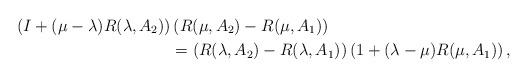
LaTeX: \begin{align*} \left(I+(\mu-\lambda)R(\lambda,A_2)\right)&\left(R(\mu,A_2)-R(\mu,A_1)\right) \\ &= \left(R(\lambda,A_2)-R(\lambda,A_1)\right)\left(1+(\lambda-\mu)R(\mu,A_1)\right),\end{align*}